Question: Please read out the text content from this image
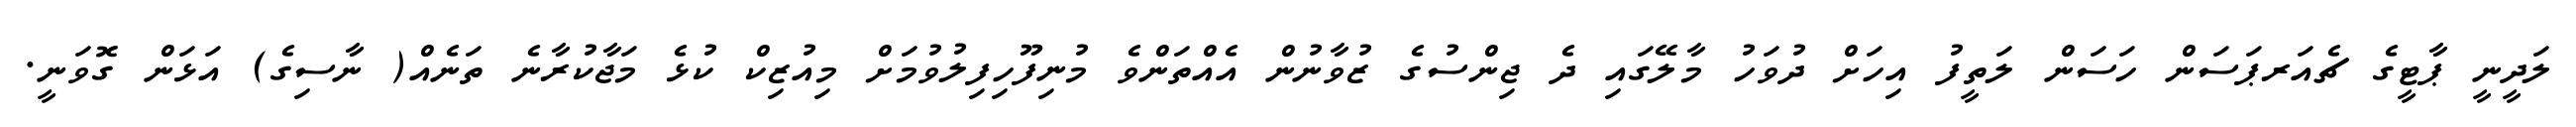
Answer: ލަދީނީ ޕާޓީގެ ޗެއަރޕަސަން ހަސަން ލަތީފު އިހަށް ދުވަހު މާލޭގައި ދެ ޖިންސުގެ ޒުވާނުން އެއްތަންވެ މުނިފޫހިފިލުވުމަށް މިއުޒިކް ކުޅެ މަޖާކުރާނެ ތަނެއް( ނާސިގެ) އަޅަން ގޮވަނީ.